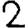
Digit: 2